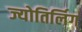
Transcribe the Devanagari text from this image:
ज्योतिर्लिग्